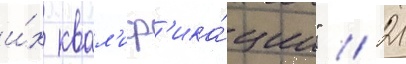
и́х квал'иф'ика́ции" // 21